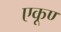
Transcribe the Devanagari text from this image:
एकूण्‍